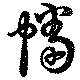
幡